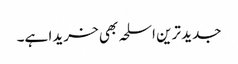
جدید ترین اسلحہ بھی خریدا ہے۔